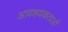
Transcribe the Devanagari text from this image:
आवशयकताओं